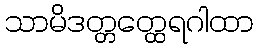
သာမိဒတ္တတ္ထေရဂါထာ